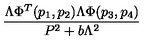
\frac { \Lambda \Phi ^ { T } ( p _ { 1 } , p _ { 2 } ) \Lambda \Phi ( p _ { 3 } , p _ { 4 } ) } { P ^ { 2 } + b \Lambda ^ { 2 } }